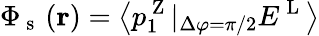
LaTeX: \Phi_{\mathrm{~s~}}\left(\mathbf{r}\right)=\left\langle{p_{1}^{\mathrm{~Z~}}|_{\Delta\varphi=\pi/2}E^{\mathrm{~L~}}}\right\rangle